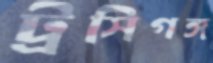
ট্রসিগঙ্গ